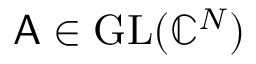
\mathsf { A } \in \mathrm { G L } ( \mathbb { C } ^ { N } )